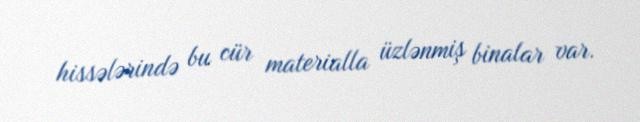
hissələrində bu cür materialla üzlənmiş binalar var.